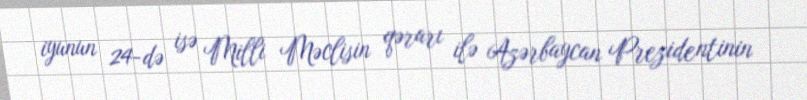
iyunun 24-də isə Milli Məclisin qərarı ilə Azərbaycan Prezidentinin